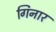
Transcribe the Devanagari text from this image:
गिनार